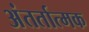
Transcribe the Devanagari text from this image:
अंतर्तात्मक